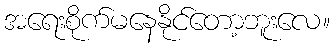
အရေးစိုက်မနေနိုင်တော့ဘူးလေ။